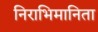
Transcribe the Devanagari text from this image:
निराभिमानिता